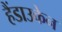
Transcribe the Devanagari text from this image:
हैंडाउकेन